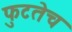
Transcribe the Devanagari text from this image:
फुटतेच